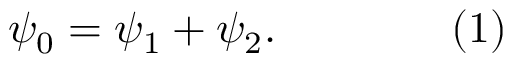
\psi _ { 0 } = \psi _ { 1 } + \psi _ { 2 } . \qquad \qquad ( 1 )